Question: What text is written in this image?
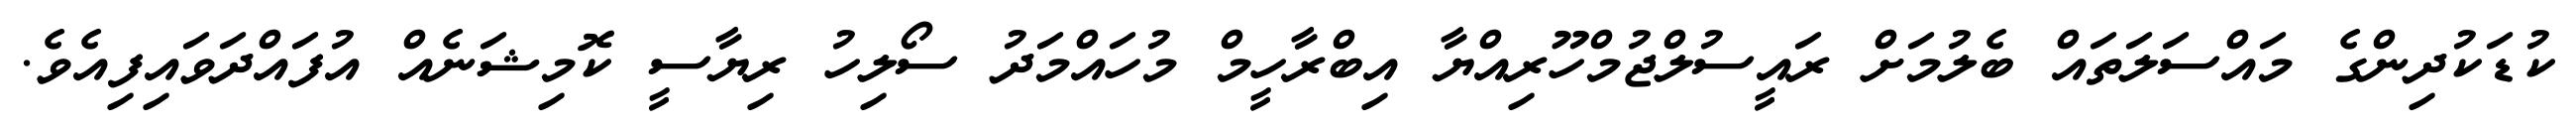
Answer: ކުޑަކުދިންގެ މައްސަލަތައް ބެލުމަށް ރައީސުލްޖުމްހޫރިއްޔާ އިބްރާހީމް މުހައްމަދު ސޯލިހު ރިޔާސީ ކޮމިޝަނެއް އުފައްދަވައިފިއެވެ.